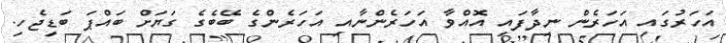
އަހަރުގައި އަހަރެން ނިދާފައި އޮއްވާ އަހަރެންނާއި އަހަރެންގެ ބޭބެގެ ގަޔަށް ބައްޕަ ބަޑިޖެހި.